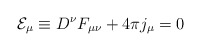
\begin{align*}{\cal E}_\mu\equiv D^\nu F_{\mu\nu} +4\pi j_\mu=0\end{align*}